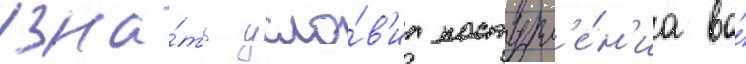
узна́ть усло́в'иа поступл'е́н'иа во́